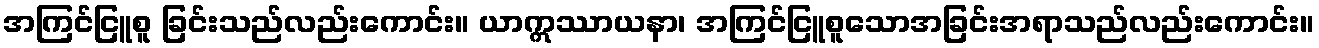
အကြင်ငြူစူ ခြင်းသည်လည်းကောင်း။ ယာဣဿာယနာ၊ အကြင်ငြူစူသောအခြင်းအရာသည်လည်းကောင်း။